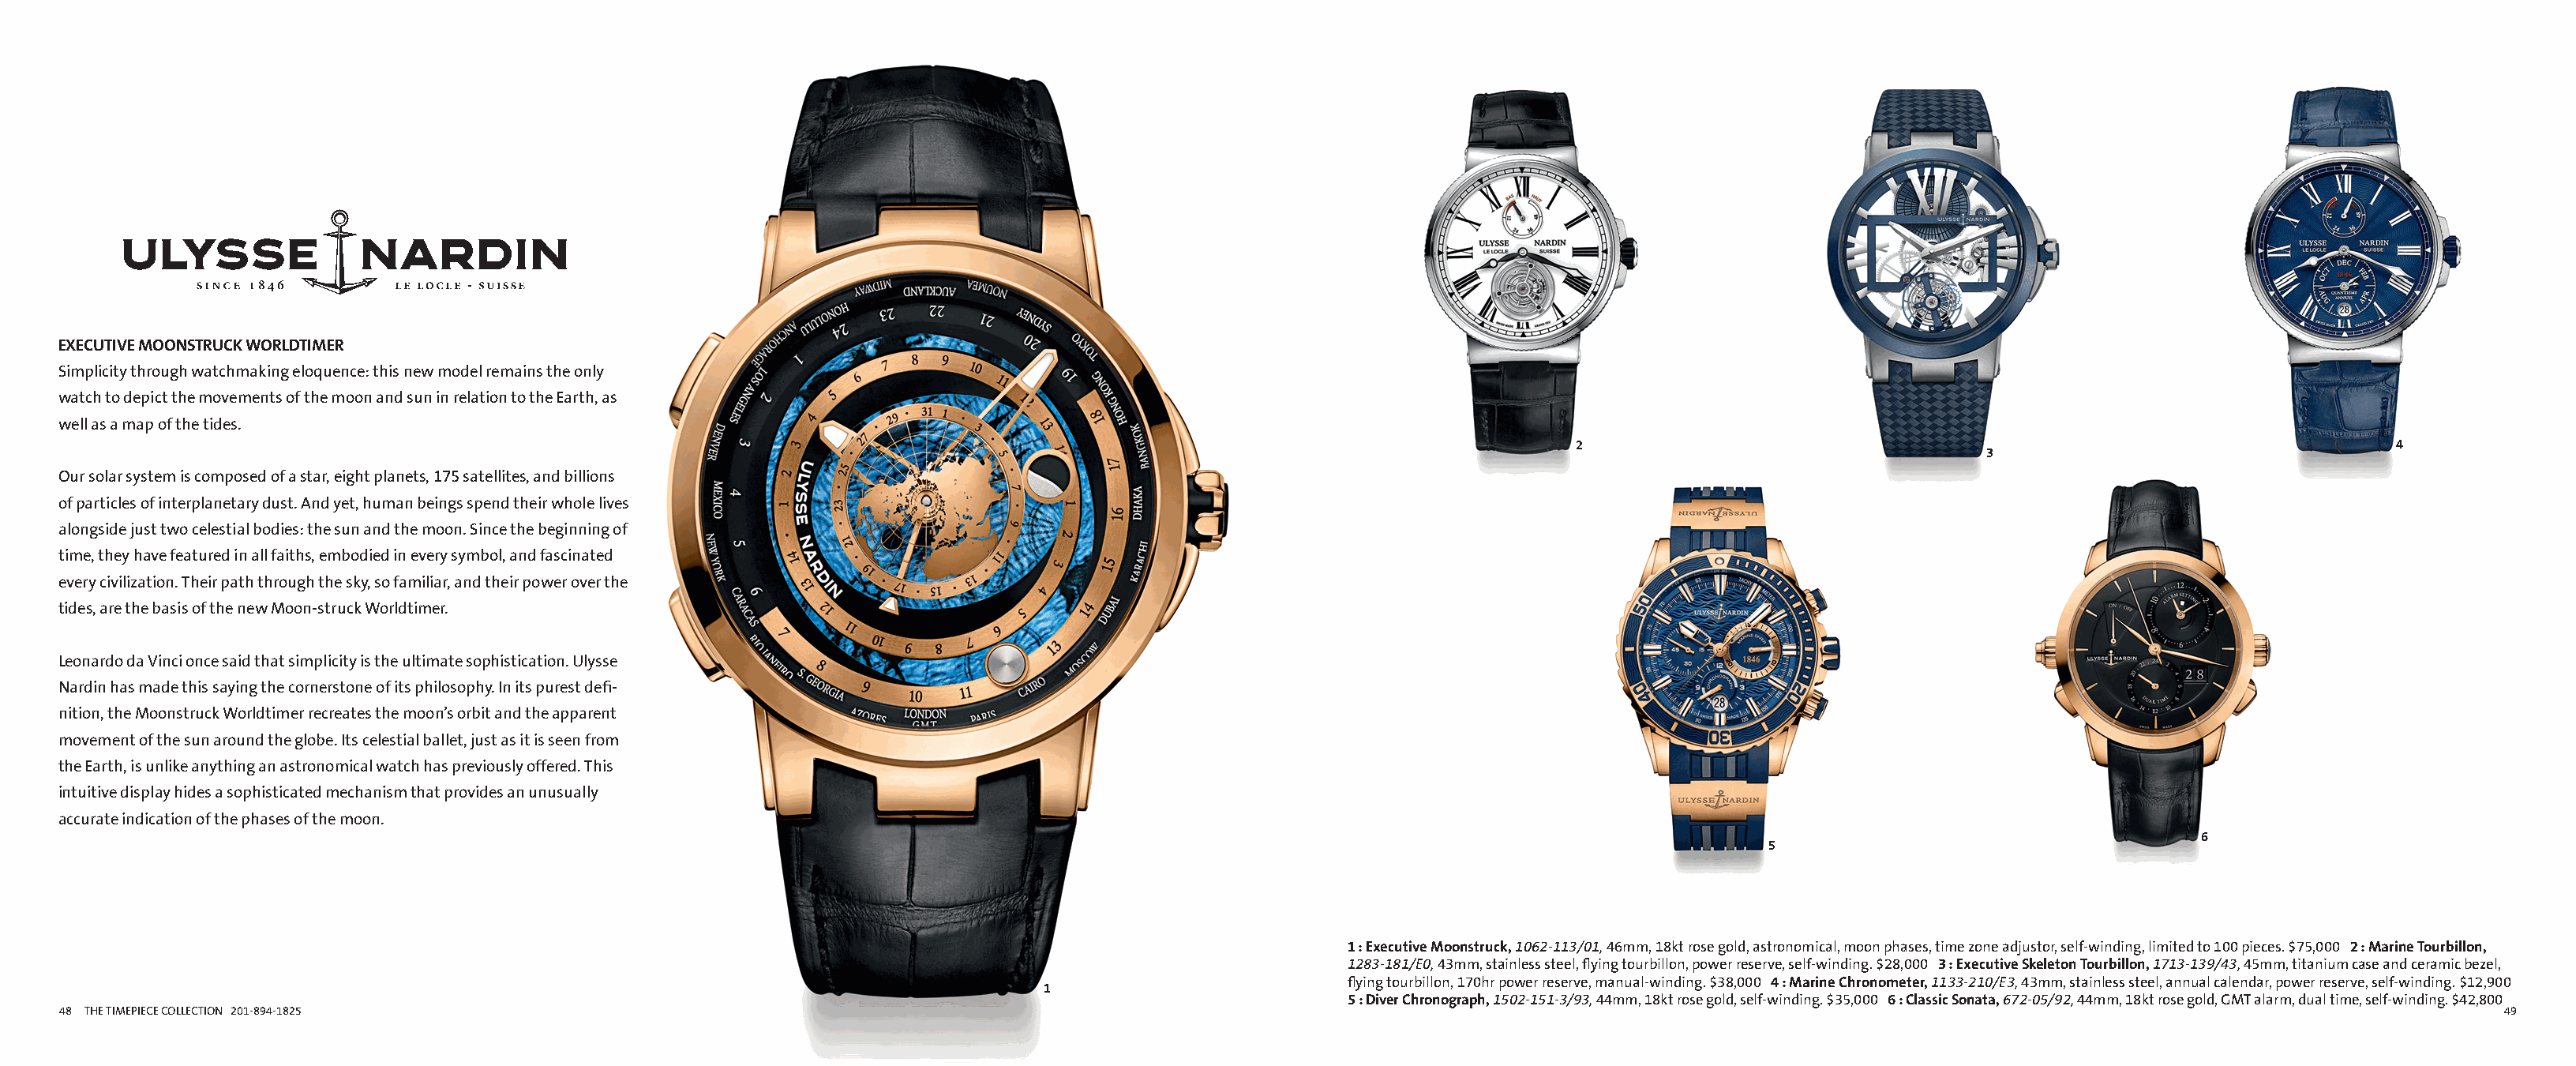
Alternate Insight ai135487b_48 Proof 1                                                              Alternate Insight ai135487b_49 Proof 1
 FullCatalogMech Text                                                                                      FullCatalogMech Text
 EXECUTIVE MOONSTRUCK WORLDTIMER
 Simplicity through watchmaking eloquence: this new model remains the only
 watch to depict the movements of the moon and sun in relation to the Earth, as
 well as a map of the tides.
 2                                                                    4
 3
 Our solar system is composed of a star, eight planets, 175 satellites, and billions
 of particles of interplanetary dust. And yet, human beings spend their whole lives
 alongside just two celestial bodies: the sun and the moon. Since the beginning of
 time, they have featured in all faiths, embodied in every symbol, and fascinated
 every civilization. Their path through the sky, so familiar, and their power over the
 tides, are the basis of the new Moon-struck Worldtimer.
 Leonardo da Vinci once said that simplicity is the ultimate sophistication. Ulysse
 Nardin has made this saying the cornerstone of its philosophy. In its purest defi-
 nition, the Moonstruck Worldtimer recreates the moon’s orbit and the apparent
 movement of the sun around the globe. Its celestial ballet, just as it is seen from
 the Earth, is unlike anything an astronomical watch has previously offered. This
 intuitive display hides a sophisticated mechanism that provides an unusually
 accurate indication of the phases of the moon.
 6
 5
 1 : Executive Moonstruck, 1062-113/01, 46mm, 18kt rose gold, astronomical, moon phases, time zone adjustor, self-winding, limited to 100 pieces. $75,000 2 : Marine Tourbillon,
 1283-181/E0, 43mm, stainless steel, flying tourbillon, power reserve, self-winding. $28,000 3 : Executive Skeleton Tourbillon, 1713-139/43, 45mm, titanium case and ceramic bezel,
 flying tourbillon, 170hr power reserve, manual-winding. $38,000 4 : Marine Chronometer, 1133-210/E3, 43mm, stainless steel, annual calendar, power reserve, self-winding. $12,900
 1
 5 : Diver Chronograph, 1502-151-3/93, 44mm, 18kt rose gold, self-winding. $35,000 6 : Classic Sonata, 672-05/92, 44mm, 18kt rose gold, GMT alarm, dual time, self-winding. $42,800
 48 THE TIMEPIECE COLLECTION 201-894-1825                                                                                                                                                              49
 Cyan Magenta Yellow Black                                                                                   Cyan Magenta Yellow Black